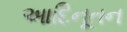
આદિનૂતન